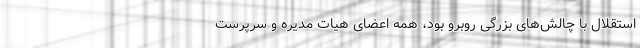
استقلال با چالش‌های بزرگی روبرو بود، همه اعضای هیات مدیره و سرپرست